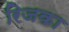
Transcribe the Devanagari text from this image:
रिजका